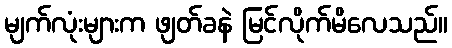
မျက်လုံးများက ဖျတ်ခနဲ မြင်လိုက်မိလေသည်။